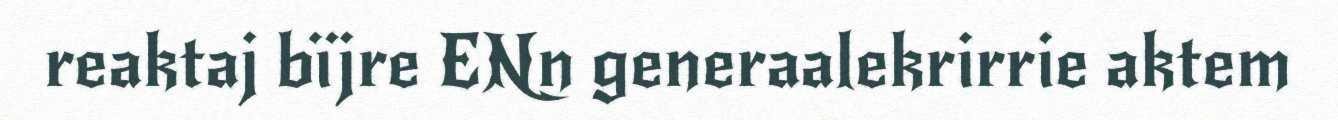
reaktaj bïjre ENn generaalekrirrie aktem